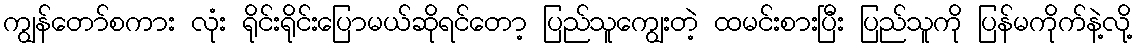
ကျွန်တော်စကား လုံး ရိုင်းရိုင်းပြောမယ်ဆိုရင်တော့ ပြည်သူကျွေးတဲ့ ထမင်းစားပြီး ပြည်သူကို ပြန်မကိုက်နဲ့လို့